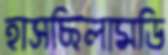
হাসছিলামডি